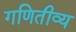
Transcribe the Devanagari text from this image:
गणितीव्य